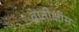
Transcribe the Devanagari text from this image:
वातीक्षीम